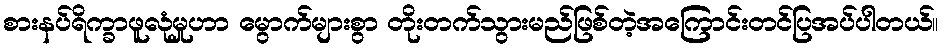
စားနပ်ရိက္ခာဖူလုံမှုဟာ မွောက်များစွာ တိုးတက်သွားမည်ဖြစ်တဲ့အကြောင်းတင်ပြအပ်ပါတယ်။